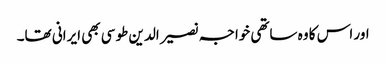
اور اس کا وہ ساتھی خواجہ نصیر الدین طوسی بھی ایرانی تھا۔